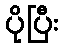
ပိုပြီး